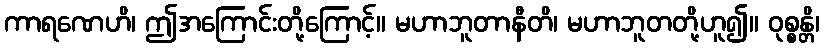
ကာရဏေဟိ၊ ဤအကြောင်းတို့ကြောင့်။ မဟာဘူတာနီတိ၊ မဟာဘူတတို့ဟူ၍။ ဝုစ္စန္တိ၊